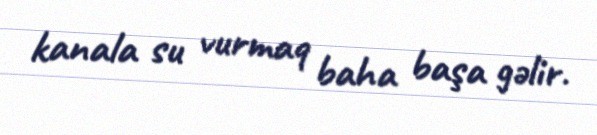
kanala su vurmaq baha başa gəlir.